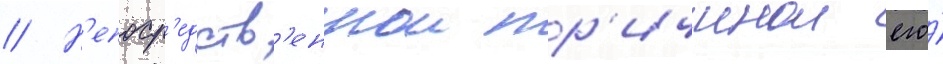
// Н'епоср'едств'еннои пр'ичинои его́